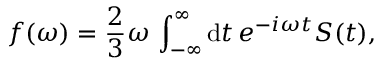
f ( \omega ) = \frac { 2 } { 3 } \omega \, \int _ { - \infty } ^ { \infty } \mathrm { d } t \, e ^ { - i \omega t } S ( t ) ,